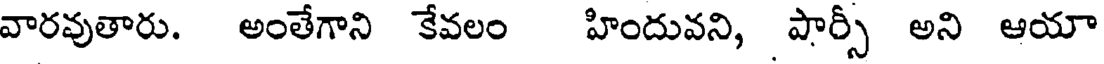
వారవుతారు. అంతేగాని కేవలం హిందువని, పార్సీ అని ఆయా